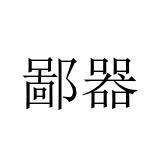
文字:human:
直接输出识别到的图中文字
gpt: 鄙器